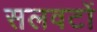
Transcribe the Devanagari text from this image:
सलवटों